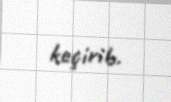
keçirib.